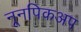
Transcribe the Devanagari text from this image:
नूनपिकअप